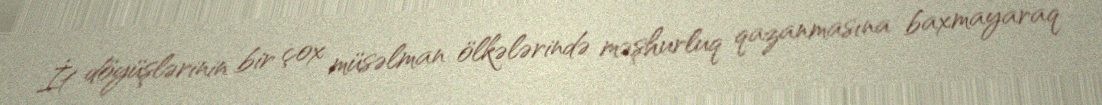
İt döyüşlərinin bir çox müsəlman ölkələrində məşhurluq qazanmasına baxmayaraq